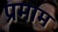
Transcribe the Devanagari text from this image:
प्रमाम